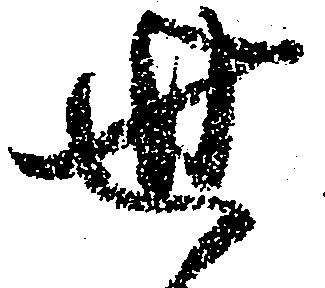
世